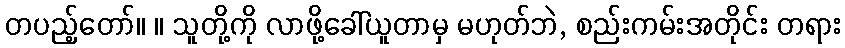
တပည့်တော်။ ။ သူတို့ကို လာဖို့ခေါ်ယူတာမှ မဟုတ်ဘဲ, စည်းကမ်းအတိုင်း တရား